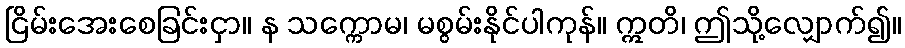
ငြိမ်းအေးစေခြင်းငှာ။ န သက္ကောမ၊ မစွမ်းနိုင်ပါကုန်။ ဣတိ၊ ဤသို့လျှောက်၍။